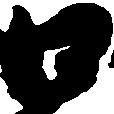
口